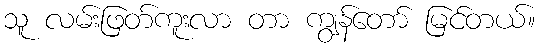
သူ လမ်းဖြတ်ကူးလာ တာ ကျွန်တော် မြင်တယ်။